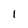
Character: l